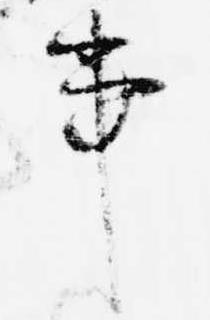
事